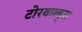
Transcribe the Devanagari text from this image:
टोरवाल्ड्स